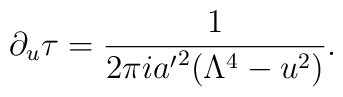
\partial_u\tau={1\over 2\pi i {a'}^2(\Lambda^4-u^2)}.